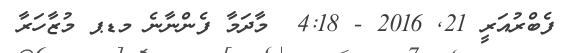
ފެބްރުއަރީ 21